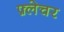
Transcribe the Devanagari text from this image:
फ़्लेचर